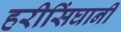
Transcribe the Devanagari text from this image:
हरीसिंघानी